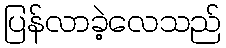
ပြန်လာခဲ့လေသည်